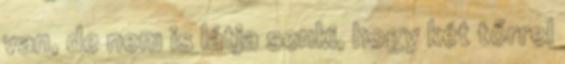
van, de nem is látja senki, hogy két tőrrel